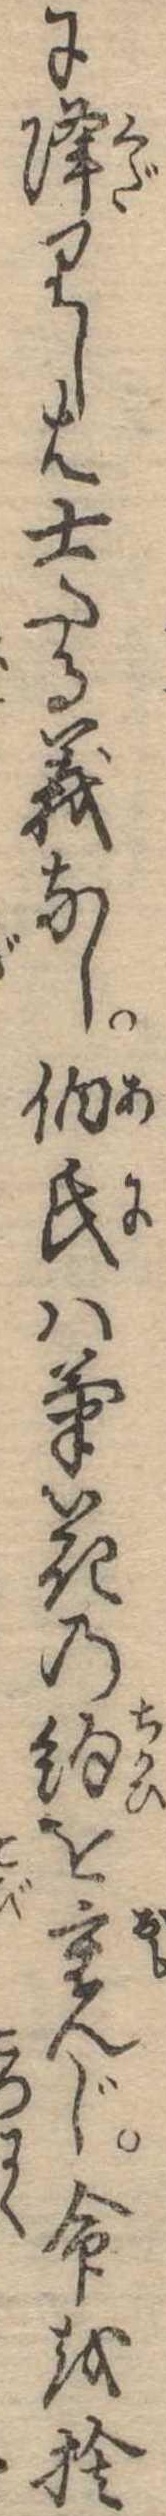
に降りしは士たる義なし伯氏は菊花の約を重んじ命を捨